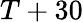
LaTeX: T+30